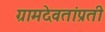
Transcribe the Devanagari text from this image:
ग्रामदेवतांप्रती